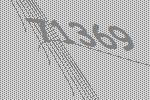
71369